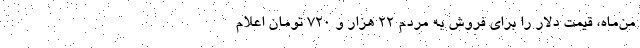
من‌ماه، قیمت دلار را برای فروش به مردم ۲۲ هزار و ۷۲۰ تومان اعلام